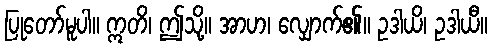
ပြုတော်မူပါ။ ဣတိ၊ ဤသို့။ အာဟ၊ လျှောက်၏။ ဥဒါယိ၊ ဥဒါယီ။